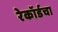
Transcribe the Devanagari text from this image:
रेकॉर्डचा